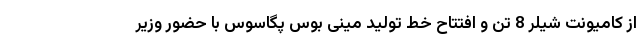
از کامیونت شیلر 8 تن و افتتاح خط تولید مینی بوس پگاسوس با حضور وزیر